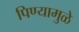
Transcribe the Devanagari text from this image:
पिण्यामुळे